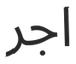
اجر